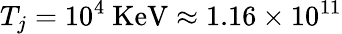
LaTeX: T_{j}=10^{4}~\mathrm{{KeV}\approx 1.16\times 10^{11}}